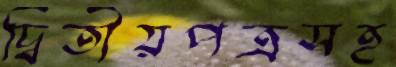
দ্বিতীয়পত্রসহ